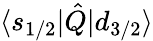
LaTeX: \langle s_{1/2}|\hat{Q}|d_{3/2}\rangle